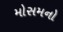
મોસમનો